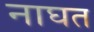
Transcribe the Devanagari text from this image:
नाघत